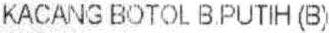
KACANG BOTOL B.PUTIH (B)